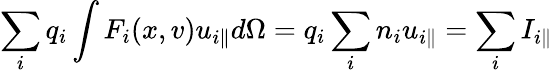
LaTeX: \sum_{i}q_{i}\int F_{i}(x,v)u_{i\parallel}d\Omega=q_{i}\sum_{i}n_{i}u_{i\parallel}=\sum_{i}I_{i\parallel}